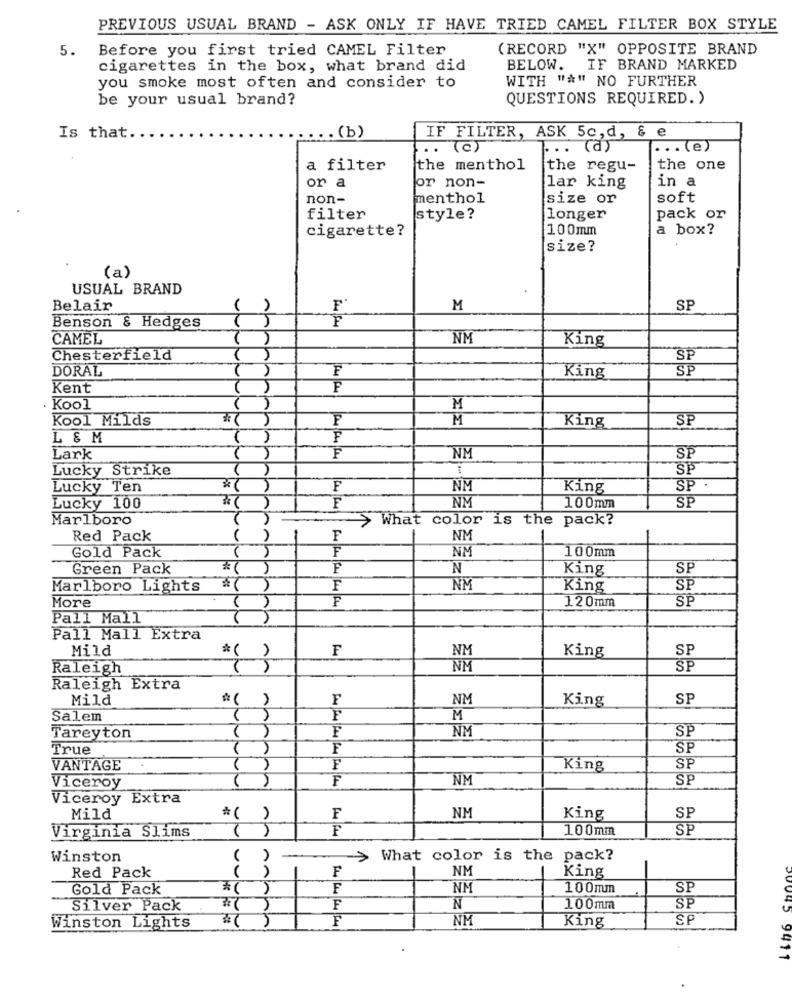
PREVIOUS USUAL BRAND - ASK ONLY IF HAVE TRIED CAMEL FILTER BOX STYLE
5.
Before you first tried CAMEL Filter
(RECORD "X" OPPOSITE BRAND
cigarettes in the box, what brand did
BELOW.
IF BRAND MARKED
WITH "#" NO FURTHER
you smoke most often and consider to
be your usual brand?
QUESTIONS REQUIRED. )
. . . (b)
Is that.
IF FILTER, ASK 5c, d, & e
..
..
(a)
... (e)
a filter
the menthol
the regu-
the one
or a
or non-
in a
lar king
non-
menthol
size or
soft
filter
style?
longer
pack or
cigarette?
100mm
a box?
size?
(a)
USUAL BRAND
nu
Belair
M
SP
Benson & Hedges
CAMEL
NM
King
Chesterfield
SP
DORAL
SP
King
Kent
( )
F
Kool
M
Kool Milds
F
M
King
SP
1 ( )
L & M
( )
Lark
F
NM
SP
Lucky Strike
SP
Lucky Ten
F
NM
King
SP
F
NM
SP
Lucky 100
100mm
Marlboro
>
What color is the pack?
Red Pack
F
NM
Gold Pack
F
NM
100mm
Green Pack
*(
F
N
King
SP
Marlboro Lights
F
NM
King
SP
F
SP
More
120mm
Pall Mall
Pall Mall Extra
Mild
F
NM
SP
*( )
King
Raleigh
NM
SP
Raleigh Extra
Mild
F
NM
King
SP
Salem
F
M
F
NM
SP
Tareyton
True
F
SP
1
VANTAGE
F
King
SP
F
NM
SP
Viceroy
Viceroy Extra
NM
SP
Mild
*( )
F
King
F
100mm
SP
Virginia Slims
()
Winston
>
What color is the pack?
F
NM
King
Red Pack
Gold Pack
F
NM
100mm
SP
Silver Pack
F
N
100mm
SP
F
NM
SP
Winston Lights
King
20045 9411